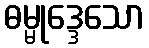
ဓမ္မုဒ္ဒေသော